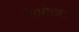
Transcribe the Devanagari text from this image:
तेओत्ल